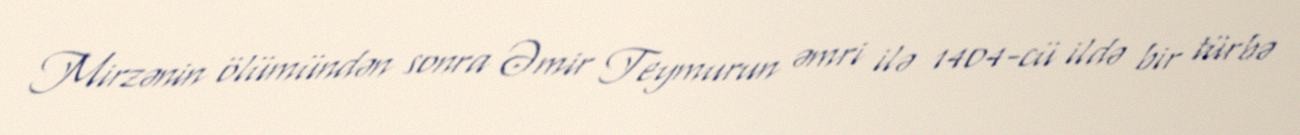
Mirzənin ölümündən sonra Əmir Teymurun əmri ilə 1404-cü ildə bir türbə